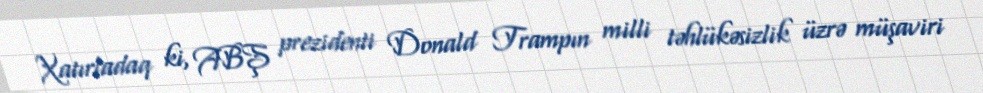
Xatırladaq ki, ABŞ prezidenti Donald Trampın milli təhlükəsizlik üzrə müşaviri